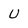
Character: U